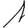
Digit: 1